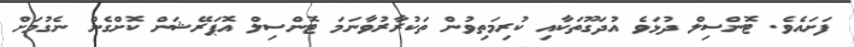
ފަށައެވެ. ޓޮންސިލް ދުޅަވެ އުދަގޫތަކާއި ކުރިމަތިވުން ތަކުރާރުވާނަމަ ޓޮންސިލް އޮޕަރޭޝަން ކޮށްގެން ނެގުމަށް